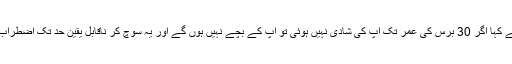
ایک انٹرویو کے دوران ایمانے کہا اگر 30 برس کی عمر تک آپ کی شادی نہیں ہوئی تو آپ کے بچے نہیں ہوں گے اور یہ سوچ کر ناقابل یقین حد تک اضطراب اور بے چینی بڑھ جاتی ہے۔